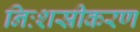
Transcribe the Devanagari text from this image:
निःशस्रीकरण